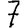
Digit: 7